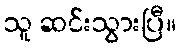
သူ ဆင်းသွားပြီ။